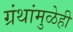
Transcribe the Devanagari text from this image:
ग्रंथांमुळेही